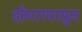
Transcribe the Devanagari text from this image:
डोंगरापासून